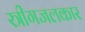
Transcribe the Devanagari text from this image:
स्त्रीगजलकार